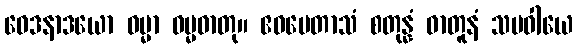
ဝေဒနာဒယော ဓမ္မာ ဓမ္မဓာတု။ ဧဝမေတာသံ စတုန္နံ ဓာတူနံ သမဝါယေ